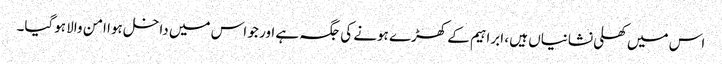
اس میں کھلی نشانیاں ہیں ، ابراہیم کے کھڑے ہونے کی جگہ ہے اور جو اس میں داخل ہوا امن والا ہوگیا۔